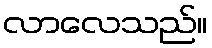
လာလေသည်။